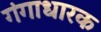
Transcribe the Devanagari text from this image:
गंगाधारक